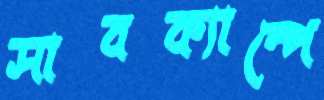
সাবক্যাম্পে